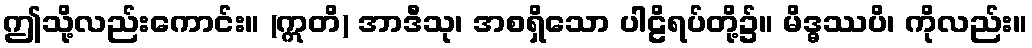
ဤသို့လည်းကောင်း။ (ဣတိ) အာဒီသု၊ အစရှိသော ပါဠိရပ်တို့၌။ မိဒ္ဓဿပိ၊ ကိုလည်း။